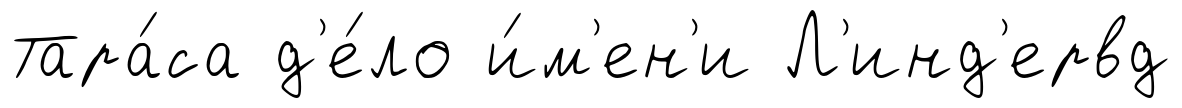
Тара́са д'е́ло и́м'ен'и Л'инд'ервд